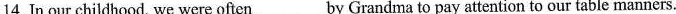
14. In our childhood, we were often___ by Grandma to pay attention to our table manners.